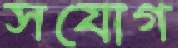
সযোগ